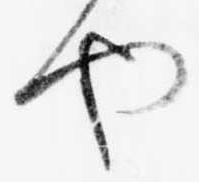
や